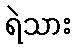
ရဲသား